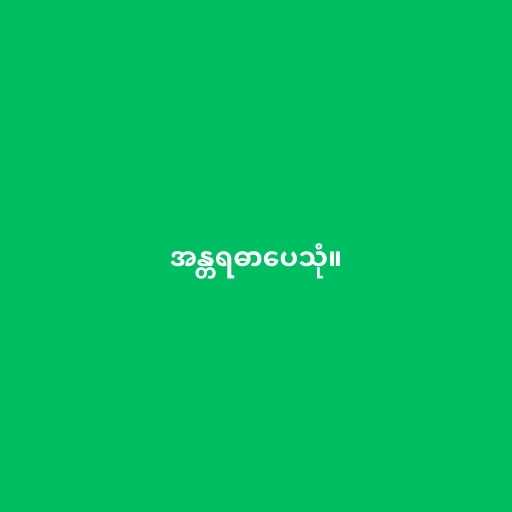
အန္တရဓာပေသုံ။